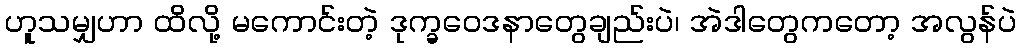
ဟူသမျှဟာ ထိလို့ မကောင်းတဲ့ ဒုက္ခဝေဒနာတွေချည်းပဲ၊ အဲဒါတွေကတော့ အလွန်ပဲ